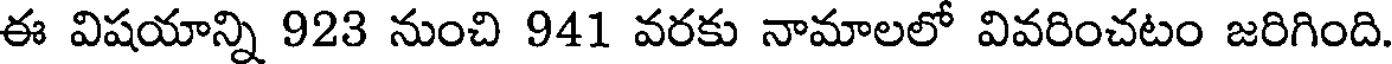
ఈ విషయాన్ని 923 నుంచి 941 వరకు నామాలలో వివరించటం జరిగింది